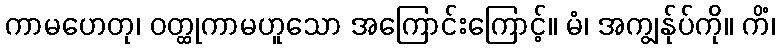
ကာမဟေတု၊ ဝတ္ထုကာမဟူသော အကြောင်းကြောင့်။ မံ၊ အကျွန်ုပ်ကို။ ကိံ၊